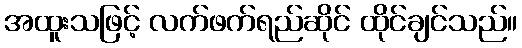
အထူးသဖြင့် လက်ဖက်ရည်ဆိုင် ထိုင်ချင်သည်။